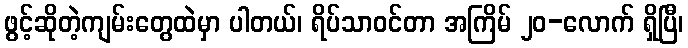
ဖွင့်ဆိုတဲ့ကျမ်းတွေထဲမှာ ပါတယ်၊ ရိပ်သာဝင်တာ အကြိမ် ၂၀-လောက် ရှိပြီ၊